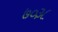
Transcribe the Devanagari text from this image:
७०३८